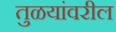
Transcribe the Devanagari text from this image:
तुळयांवरील